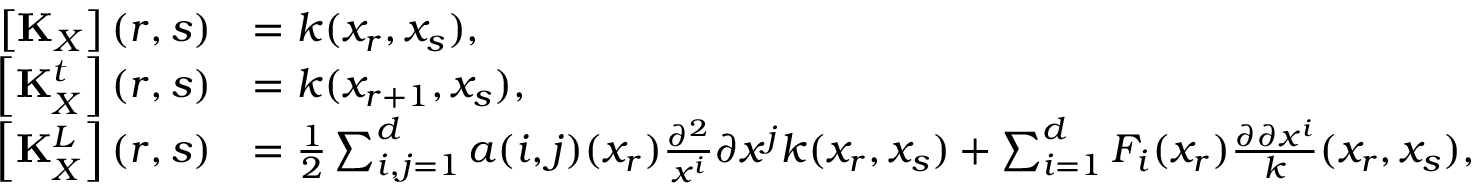
\begin{array} { r l } { \left[ \mathbf { K } _ { X } \right] ( r , s ) } & { = k ( x _ { r } , x _ { s } ) , } \\ { \left[ \mathbf { K } _ { X } ^ { t } \right] ( r , s ) } & { = k ( x _ { r + 1 } , x _ { s } ) , } \\ { \left[ \mathbf { K } _ { X } ^ { L } \right] ( r , s ) } & { = \frac { 1 } { 2 } \sum _ { i , j = 1 } ^ { d } a ( i , j ) ( x _ { r } ) \frac { \partial ^ { 2 } } { x ^ { i } } { \partial x ^ { j } } k ( x _ { r } , x _ { s } ) + \sum _ { i = 1 } ^ { d } F _ { i } ( x _ { r } ) \frac { \partial \partial x ^ { i } } k ( x _ { r } , x _ { s } ) , } \end{array}